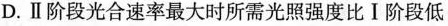
D.Ⅱ阶段光合速率最大时所需光照强度比Ⅰ阶段低